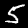
Digit: 5